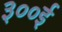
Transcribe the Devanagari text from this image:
३००ई